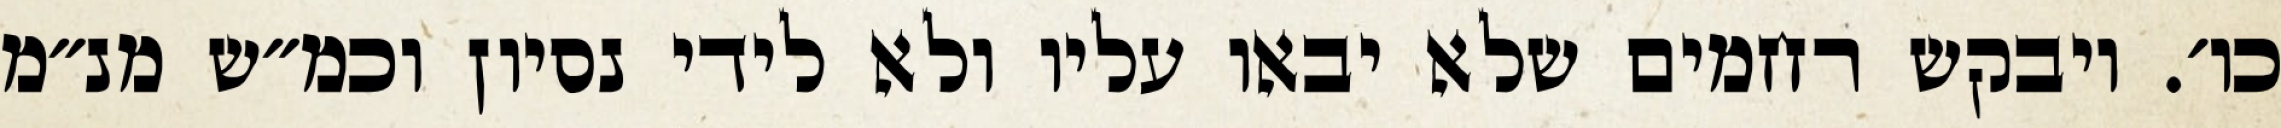
כו׳. ויבקש רחמים שלא יבאו עליו ולא לידי נסיון וכמ״ש מנ״מ